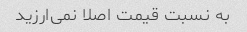
به نسبت قیمت اصلا نمی‌ارزید